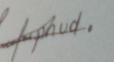
Signature authenticity: forged